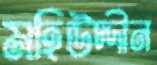
মহিউদ্দীন